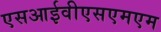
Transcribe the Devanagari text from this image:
एसआईवीएसएमएम